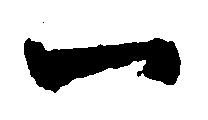
一